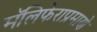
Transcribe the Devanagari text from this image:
मॅलिफेराप्रमाणे